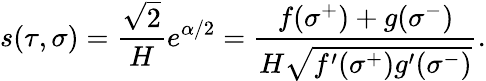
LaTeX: s(\tau,\sigma)=\frac{\sqrt{2}}{H}e^{\alpha/2}=\frac{f(\sigma^{+})+g(\sigma^{-})}{H\sqrt{f^{\prime}(\sigma^{+})g^{\prime}(\sigma^{-})}}.